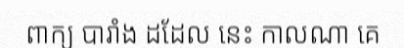
ពាក្យ បារាំង ដដែល នេះ កាលណា គេ